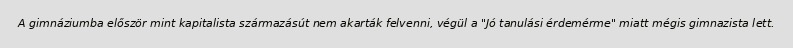
A gimnáziumba először mint kapitalista származásút nem akarták felvenni, végül a "Jó tanulási érdemérme" miatt mégis gimnazista lett.